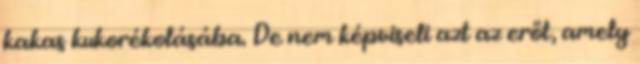
kakas kukorékolásába. De nem képviseli azt az erőt, amely